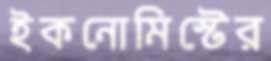
ইকনোমিস্টের